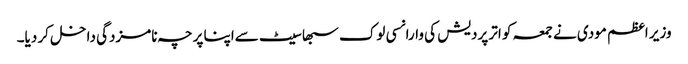
وزیر اعظم مودی نے جمعہ کو اتر پردیش کی وارانسی لوک سبھا سیٹ سےاپنا پرچہ نامزدگی داخل کر دیا۔